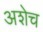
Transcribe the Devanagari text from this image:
अशेच